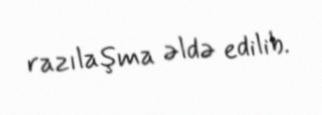
razılaşma əldə edilib.